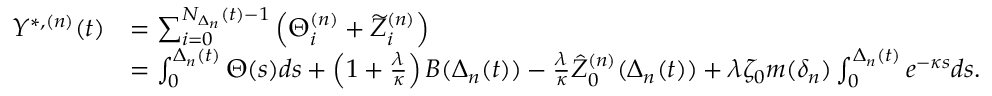
\begin{array} { r l } { Y ^ { \ast , ( n ) } ( t ) } & { = \sum _ { i = 0 } ^ { N _ { \Delta _ { n } } ( t ) - 1 } \left( \Theta _ { i } ^ { ( n ) } + \widetilde { Z } _ { i } ^ { ( n ) } \right) } \\ & { = \int _ { 0 } ^ { \Delta _ { n } ( t ) } \Theta ( s ) d s + \left( 1 + \frac { \lambda } { \kappa } \right) B ( \Delta _ { n } ( t ) ) - \frac { \lambda } { \kappa } \hat { Z } _ { 0 } ^ { ( n ) } ( \Delta _ { n } ( t ) ) + \lambda \zeta _ { 0 } m ( \delta _ { n } ) \int _ { 0 } ^ { \Delta _ { n } ( t ) } e ^ { - \kappa s } d s . } \end{array}